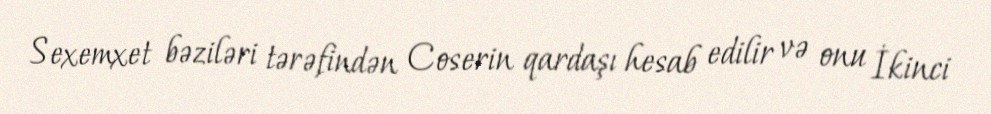
Sexemxet bəziləri tərəfindən Coserin qardaşı hesab edilir və onu İkinci